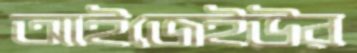
আইজেইউর